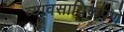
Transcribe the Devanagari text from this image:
व्यावसायिकपणे